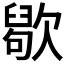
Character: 𣤒